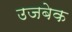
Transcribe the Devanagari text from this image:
उजबेक